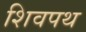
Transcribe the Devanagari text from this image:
शिवपथ